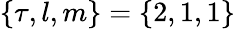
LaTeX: \{ \tau,l,m\} =\{ 2,1,1\}